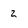
Character: 2